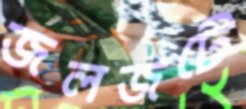
জলজটে